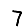
Digit: 7